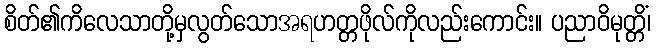
စိတ်၏ကိလေသာတို့မှလွတ်သောအရဟတ္တဖိုလ်ကိုလည်းကောင်း။ ပညာဝိမုတ္တိံ၊